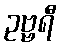
ဥဗ္ဗရီ